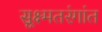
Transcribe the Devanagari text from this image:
सूक्ष्मतरंगांत